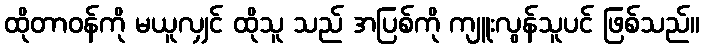
ထိုတာဝန်ကို မယူလျှင် ထိုသူ သည် အပြစ်ကို ကျူးလွန်သူပင် ဖြစ်သည်။